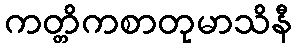
ကတ္တိကစာတုမာသိနီ